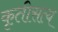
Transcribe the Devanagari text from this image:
कृतीसत्य